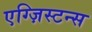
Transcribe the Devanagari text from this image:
एग्ज़िस्टन्स